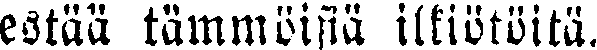
estää tämmöisiä ilkiötöitä.